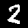
Digit: 2